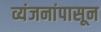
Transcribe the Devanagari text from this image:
व्यंजनांपासून